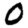
Digit: 0